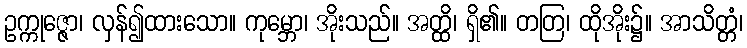
ဥက္ကုဇ္ဇော၊ လှန်၍ထားသော။ ကုမ္ဘော၊ အိုးသည်။ အတ္ထိ၊ ရှိ၏။ တတြ၊ ထိုအိုး၌။ အာသိတ္တံ၊